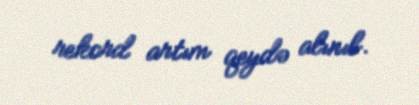
rekord artım qeydə alınıb.